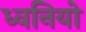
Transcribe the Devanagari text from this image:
ध्वनियो